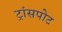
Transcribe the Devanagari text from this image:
ट्रांसपोट